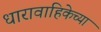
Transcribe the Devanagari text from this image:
धारावाहिकेच्या